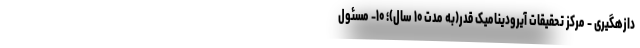
دازهگیری - مرکز تحقیقات آیرودینامیک قدر(به مدت ۱۰ سال)؛ ۱۰- مسئول